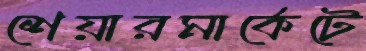
শেয়ারমার্কেটে